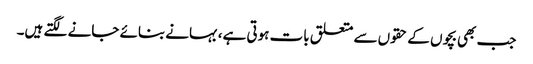
جب بھی بچوں کے حقوں سے متعلق بات ہوتی ہے،بہانے بنائے جانے لگتے ہیں۔